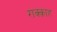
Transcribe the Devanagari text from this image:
राक्क़ाह